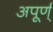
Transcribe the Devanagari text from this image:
अपूर्ण्‌